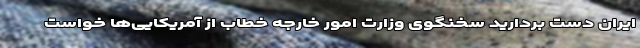
ایران دست بردارید سخنگوی وزارت امور خارجه خطاب از آمریکایی‌ها خواست